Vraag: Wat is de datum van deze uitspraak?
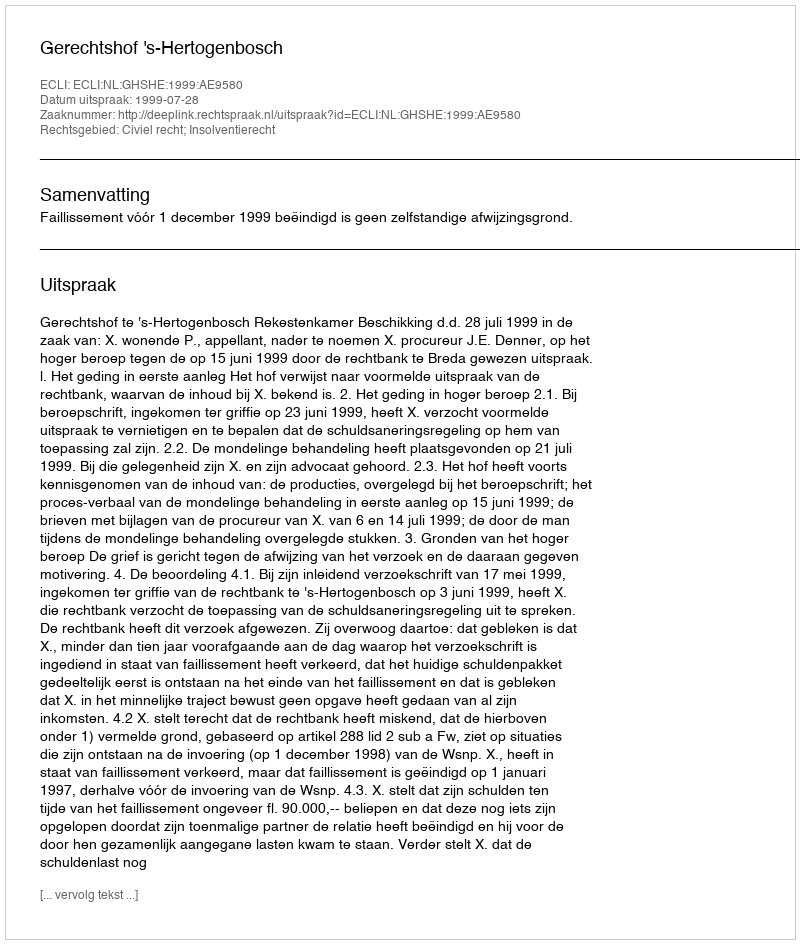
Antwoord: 1999-07-28